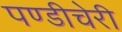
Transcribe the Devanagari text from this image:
पण्डीचेरी